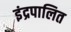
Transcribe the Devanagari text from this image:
इंद्रपालित